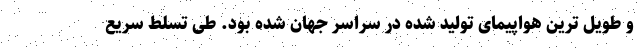
و طویل ترین هواپیمای تولید شده در سراسر جهان شده بود. طی تسلط سریع